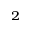
_ 2